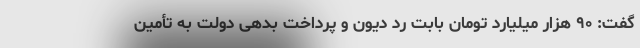
گفت: ۹۰ هزار میلیارد تومان بابت رد دیون و پرداخت بدهی دولت به تأمین